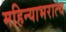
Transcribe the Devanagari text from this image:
महिन्याभरात्च